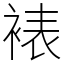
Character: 裱